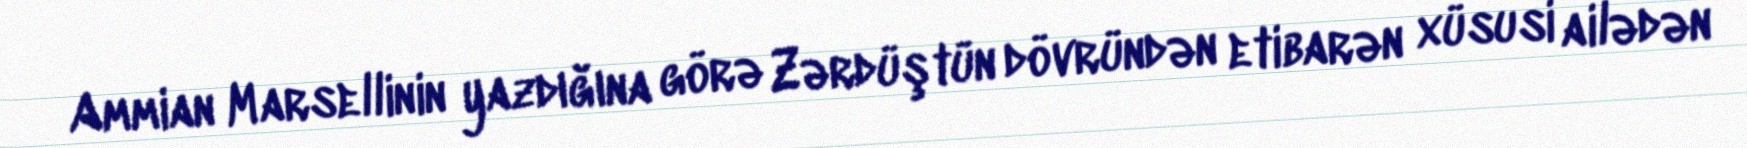
Ammian Marsellinin yazdığına görə Zərdüştün dövründən etibarən xüsusi ailədən